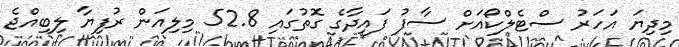
މިދިޔަ އަހަރު ސްޓެލްކޯއަށް ސާފު ފައިދާގެ ގޮތުގައި 52.8 މިލިއަން ރުފިޔާ ލިބިއްޖެ